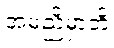
အမညိမှာတိ